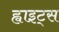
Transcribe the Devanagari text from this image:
ह्वाइट्स